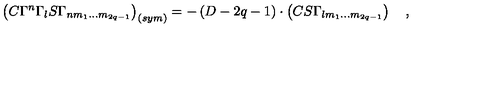
\left( C \Gamma ^ { n } \Gamma _ { l } S \Gamma _ { n m _ { 1 } \ldots m _ { 2 q - 1 } } \right) _ { \left( s y m \right) } = - \left( D - 2 q - 1 \right) \cdot \left( C S \Gamma _ { l m _ { 1 } \ldots m _ { 2 q - 1 } } \right) \quad ,